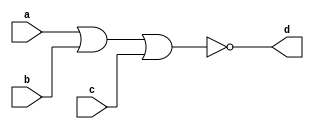
`timescale 1ns / 1ps
//////////////////////////////////////////////////////////////////////////////////
// Company: 
// Engineer: 
// 
// Design Name: 
// Module Name: three_input_nor_gate_a
// Project Name: 
// Target Devices: 
// Tool Versions: 
// Description: 
// 
// Dependencies: 
// 
// Revision:
// Revision 0.01 - File Created
// Additional Comments:
// 
//////////////////////////////////////////////////////////////////////////////////


module three_input_nor_gate_a(
    input a,
    input b,
    input c,
    output d
);

assign d = ~(a | b | c);

endmodule